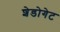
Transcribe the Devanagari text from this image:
शेडोगेट